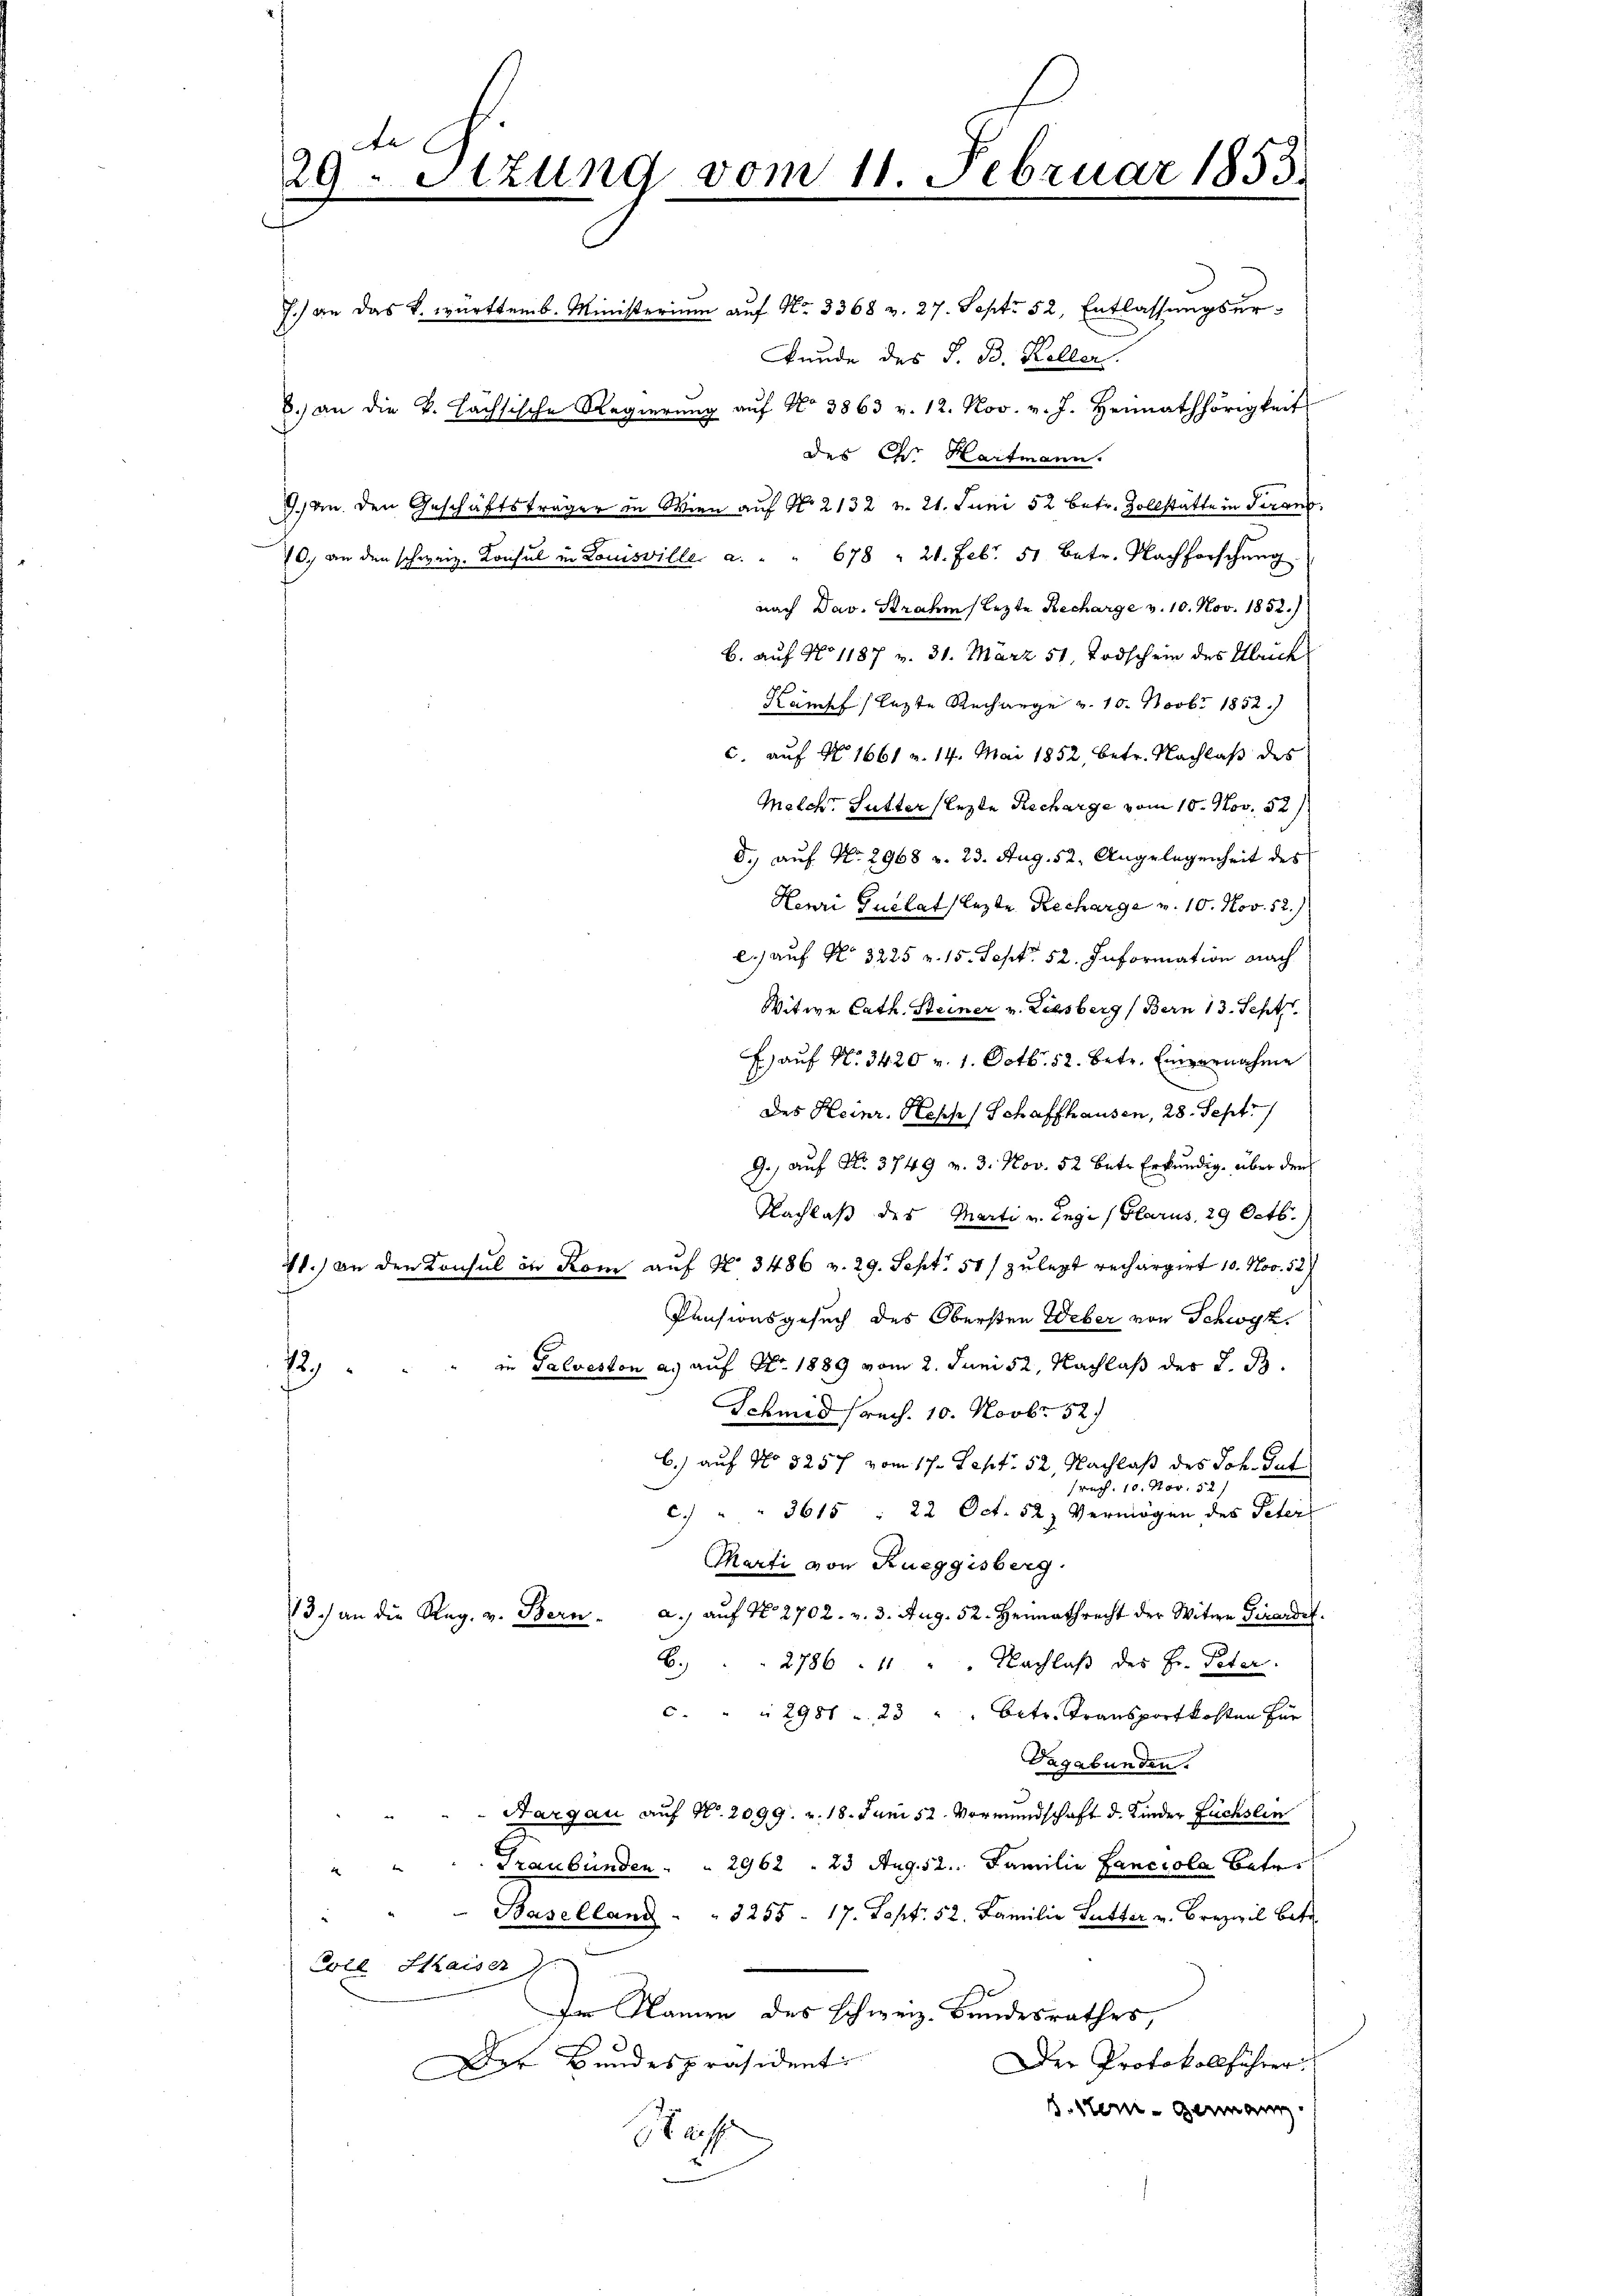
te
29 Stzung vom 11. Februar 1853.

J.) an das k. württemb. Ministerium auf No 3368 v. 27. Sept. 52. Entlassungsurunde des S. B. Keller.
8.) an die k. Lachsische Regierŭng aŭf No 3863 v. 12. Nov. v. J. Heimathörigkeit
des C. Hartmann.
9.) An den Geschäftsträger in Wien auf No 2132 v. 21. Juni 52 betr. Zollstätte in Teran
0. an den schweiz. Consul in Louisville a. " " 678 " 21. Feb. 51. betr. Nachforschŭng
nach Dav. Strahen lezte Recharge v. 10. Nov. 1852.
b. auf No 1187 v. 31. März 51, Todschein des Ulrich
Kampf lezte Recharge v. 10. Novbr 1852.
c. auf No 1661 v. 14. Mai 1852, betr. Nachlaß des
Malch. Sutter (lezte Recharge vom 10. Nov. 52.
8.) auf No 2968 v. 23. Aug. 52. Angelegenheit des
Henri Guelat lezte Recharge v. 10. Nov. 52.)
l.) auf No 3225 v. 15. Sept. 52. Information nach
Witwe Cath. Steiner v. Riesberg (Bern 13. Sept.
E.) auf No 3420 v. 1. Octb. 52. Betr. Einvernahme
des Heinr. Kopf, Schaffhausen, 28. Sept.
9.) auf No. 3749 v. 3. Nov. 52 betr. Erkundig, über den
Nachlaß des Marti u. Enge (Glarus, 29 Octb.
41.) an den Konsul in Rom auf No 3486 v. 29. Sept. 51) zu legt rechargirt 10. Nov. 52)
Pensionsgesuch des Obersten Weber von Schwyz.
73. " " " in Salveston a. auf No 1889 vom 2. Juni 52, Nachlaß der S. B.
Schmid (rec. 10. Novbr. 52.
6.) auf No 5257 vom 17. Sept. 52. Nachlaß des Joh. Gut
Prach. 10. Nov. 52
c. " " 3615 " 22 Oct. 52) Vermögen des Peter
Marti von Rueggisberg.
13.) an die Reg. v. Bern. a., auf No 2702. v. 3. Aug. 52. Heimathrecht der Witwe Girardet.
B. 2786. 11 " " Nachlaβ des Hr. Peter.
c. " " 2988 u. 23 " " Betr. Transportkosten für
Vagabunden.
Aargau auf No. 2099. v. 18. Juni 52. Vormundschaft d. Kinder Fuchslin
Graubünden . . 2962 " 23 Aug. 12. Familie Fanciola Betr
 Baselland " " 3255 - 17. Sept. 52. Familie Futter v. Brezivil betr
Coel Kaiser)
Im Namen des schweiz. Bundesrathes,
Der Protokollführer
Der Bundespräsident
B. Stern - Germann.
Staff